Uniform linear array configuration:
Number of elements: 16
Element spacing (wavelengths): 0.25
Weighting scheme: hamming
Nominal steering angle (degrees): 30
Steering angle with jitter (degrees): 31.227
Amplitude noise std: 0.05
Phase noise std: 0.05

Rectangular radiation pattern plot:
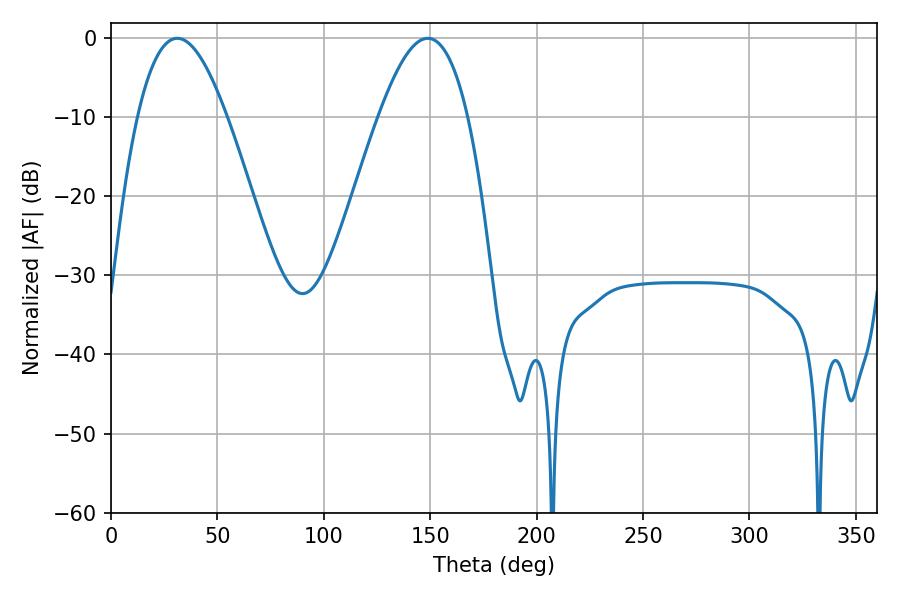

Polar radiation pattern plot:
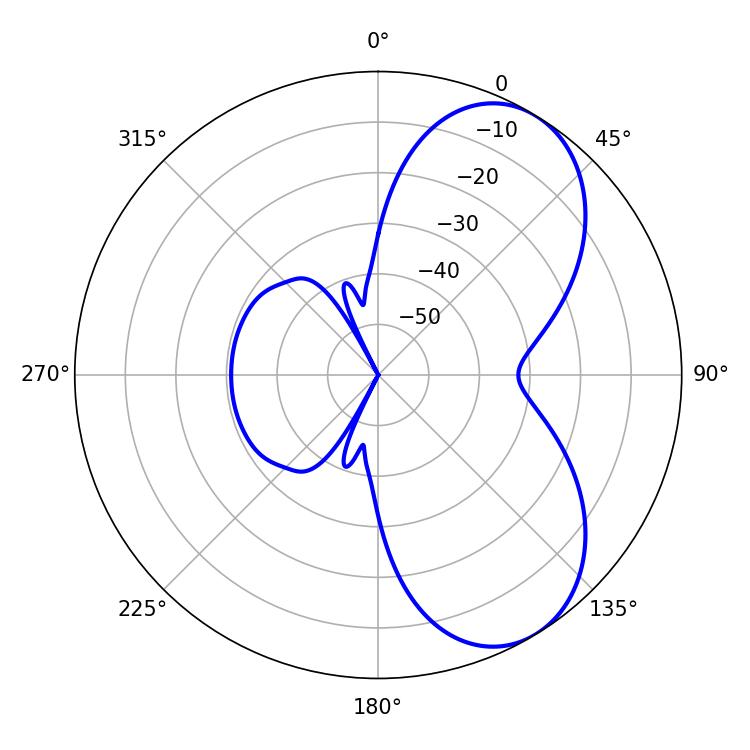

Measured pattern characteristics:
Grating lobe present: FALSE
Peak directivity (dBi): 6.401
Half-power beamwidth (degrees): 22.86
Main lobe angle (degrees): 31.14